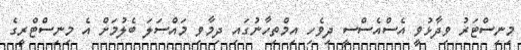
މިނިސްޓަރު ވިދާޅުވީ އެސްއެސްސީ ދިވެހި އިމްތިހާނުގައި ދިމާވި މައްސަލަ ބެލުމަށް އެ މިނިސްޓްރީގެ